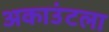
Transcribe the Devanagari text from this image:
अकाउंटला